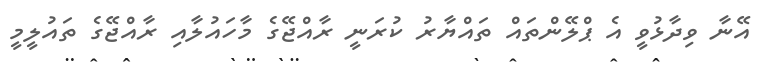
އޭނާ ވިދާޅުވީ އެ ޕްލޭންތައް ތައްޔާރު ކުރަނީ ރާއްޖޭގެ މާހައުލާއި ރާއްޖޭގެ ތައުލީމީ